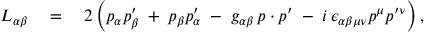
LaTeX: L _ { \alpha \beta } \quad = \quad 2 \left( p _ { \alpha } p _ { \beta } ^ { \prime } \; + \; p _ { \beta } p _ { \alpha } ^ { \prime } \; - \; g _ { \alpha \beta } \, p \cdot p ^ { \prime } \; - \; i \, \epsilon _ { \alpha \beta \mu \nu } p ^ { \mu } p ^ { \prime \nu } \right) ,